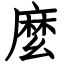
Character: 麼